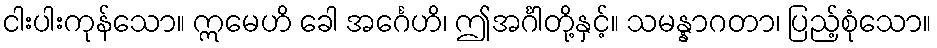
ငါးပါးကုန်သော။ ဣမေဟိ ခေါ အင်္ဂေဟိ၊ ဤအင်္ဂါတို့နှင့်။ သမန္နာဂတာ၊ ပြည့်စုံသော။